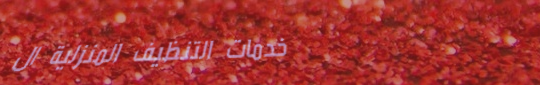
خدمات التنظيف المنزلية ال